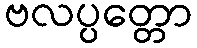
ဗလပ္ပတ္တော